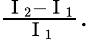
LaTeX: \begin{array}{r}{\frac{\mathrm{~I~}_{2}-\mathrm{~I~}_{1}}{\mathrm{~I~}_{1}}.}\end{array}